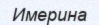
Имерина